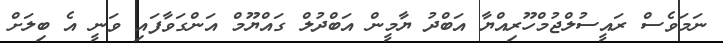
ނަމަވެސް ރައީސުލްޖުމްހޫރިއްޔާ އަބްދު ޔާމީން އަބްދުލް ގައްޔޫމް އަންގަވާފައި ވަނީ އެ ބިލަށް